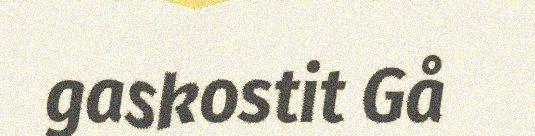
gaskostit Gå